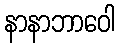
နာနာဘာဝေါ